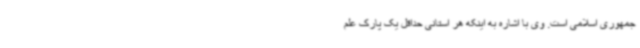
جمهوری اسلامی است. وی با اشاره به اینکه هر استانی حداقل یک پارک علم